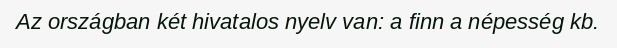
Az országban két hivatalos nyelv van: a finn a népesség kb.